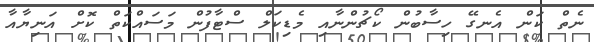
ނެތް ކަން އެނގޭ ހިސާބުން ކޯޗުންނާއި މެޑިކަލް ސްޓާފުން މަސައްކަތް ކޮށް އަނިޔާއާ